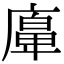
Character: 𢊵